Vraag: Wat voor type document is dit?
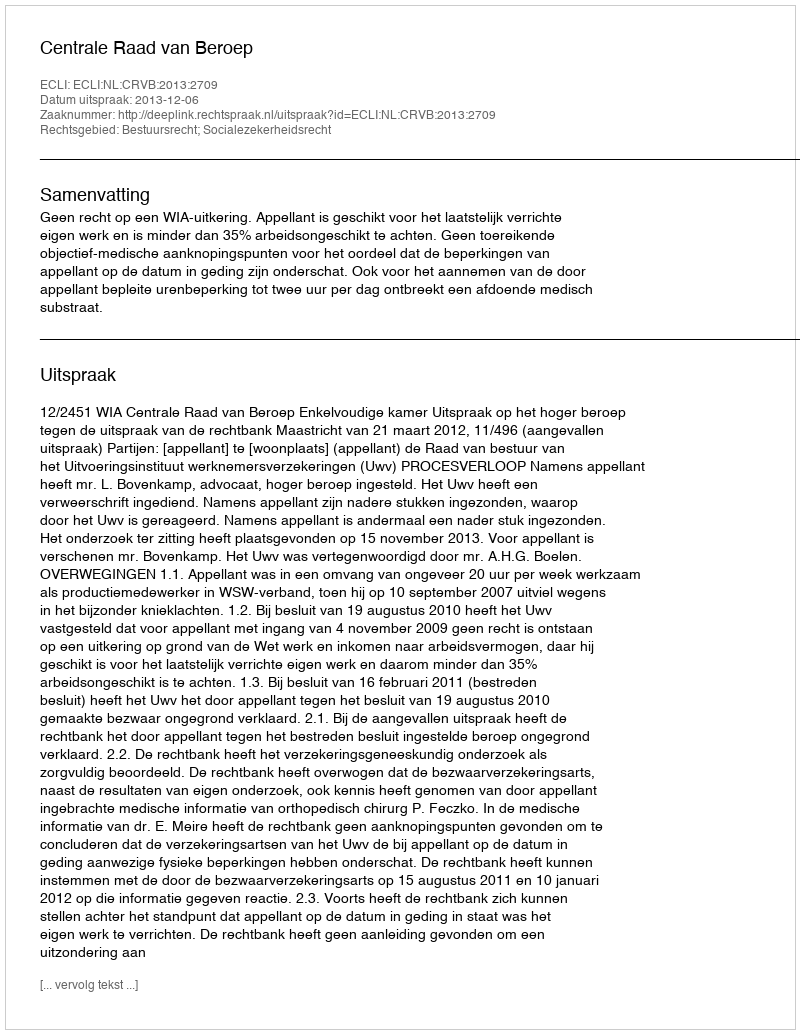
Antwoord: Uitspraak